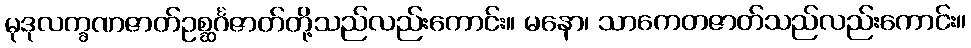
မုဒုလက္ခဏဇာတ်ဥစ္ဆင်္ဂဇာတ်တို့သည်လည်းကောင်း။ မနော၊ သာကေတဇာတ်သည်လည်းကောင်း။